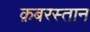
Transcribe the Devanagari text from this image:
क़बरस्तान